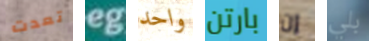
تعدت eg واحد بارتن إن بلي